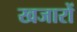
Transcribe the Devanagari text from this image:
खजारों